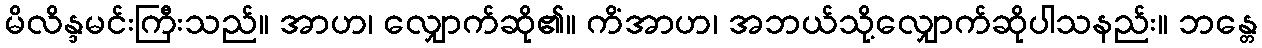
မိလိန္ဒမင်းကြီးသည်။ အာဟ၊ လျှောက်ဆို၏။ ကိံအာဟ၊ အဘယ်သို့လျှောက်ဆိုပါသနည်း။ ဘန္တေ